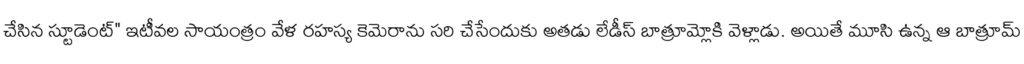
చేసిన స్టూడెంట్" ఇటీవల సాయంత్రం వేళ రహస్య కెమెరాను సరి చేసేందుకు అతడు లేడీస్ బాత్రూమ్లోకి వెళ్లాడు. అయితే మూసి ఉన్న ఆ బాత్రూమ్